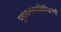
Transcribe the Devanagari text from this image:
पुरावनस्पतिविज्ञानी